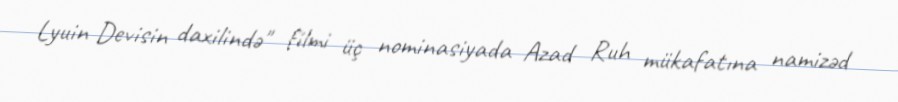
Lyuin Devisin daxilində" filmi üç nominasiyada Azad Ruh mükafatına namizəd